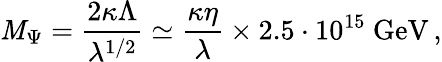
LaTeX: \mathit{M}_{\Psi}=\frac{{2\kappa\Lambda}}{{\lambda^{1/2}}}\simeq\frac{{\kappa\eta}}{{\lambda}}\times2.5\cdot10^{15}~\mathrm{{GeV}}\, ,